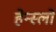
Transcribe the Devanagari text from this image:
हेन्स्लो